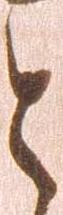
と